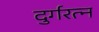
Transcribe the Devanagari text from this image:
दुर्गरत्‍न